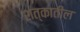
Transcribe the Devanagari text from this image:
शत्कातील